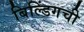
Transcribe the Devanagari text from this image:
बिल्डिंगची